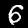
Label: 6